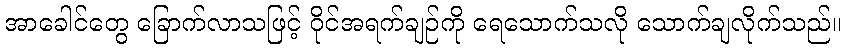
အာခေါင်တွေ ခြောက်လာသဖြင့် ဝိုင်အရက်ချဉ်ကို ရေသောက်သလို သောက်ချလိုက်သည်။